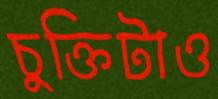
চুক্তিটাও